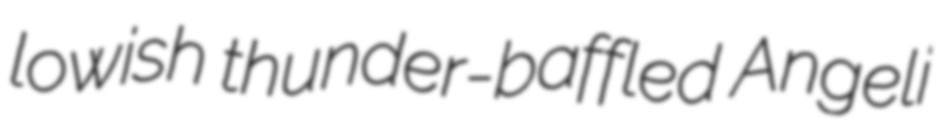
lowish thunder-baffled Angeli